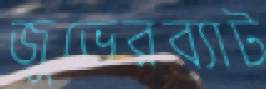
জুভেরব্যাট